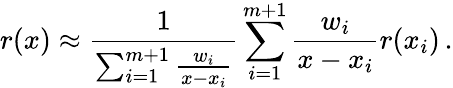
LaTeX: r(x)\approx\frac{1}{\sum_{i=1}^{m+1}\frac{w_{i}}{x-x_{i}}}\sum_{i=1}^{m+1}\frac{w_{i}}{x-x_{i}}r(x_{i})\, .